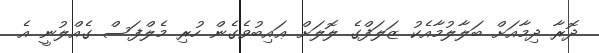
ދޮރާ ދިމާއަށް ބަލާލުމާއެކު ޒަލަފްގެ ލޮލަށް ޢައިބުވެގެން ހުރި މެލްފަސް ގެއްލުނީ އެ